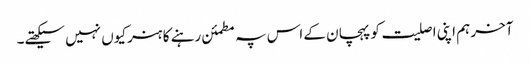
آخر ہم اپنی اصلیت کو پہچان کے اس پہ مطمئن رہنے کا ہنر کیوں نہیں سیکھتے۔